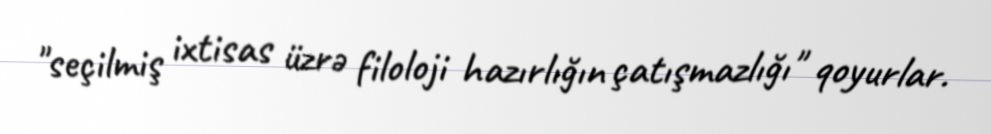
"seçilmiş ixtisas üzrə filoloji hazırlığın çatışmazlığı" qoyurlar.